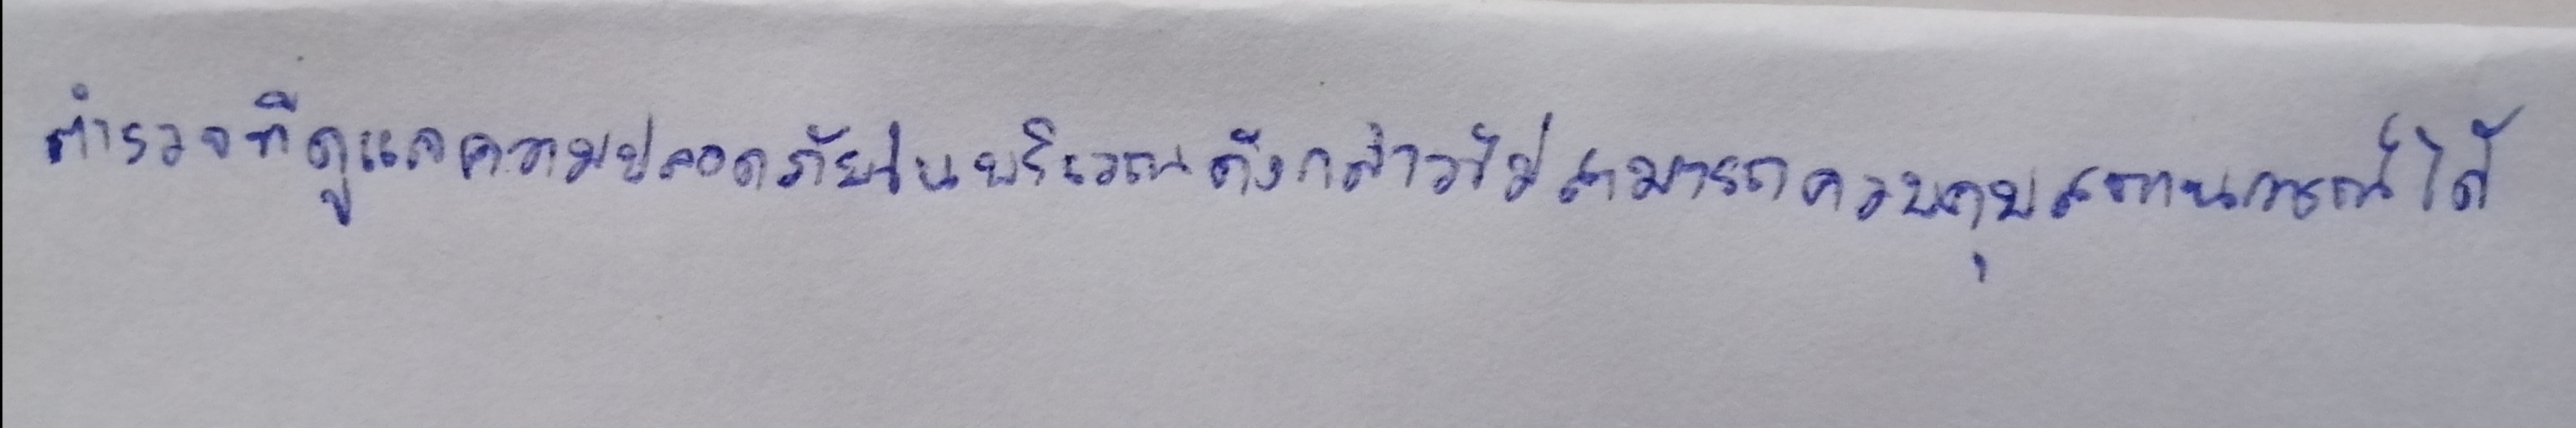
ตำรวจที่ดูแลความปลอดภัยในบริเวณดังกล่าวไม่สามารถควบคุมสถานการณ์ได้